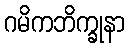
ဂမိကဘိက္ခုနာ